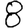
Digit: 8